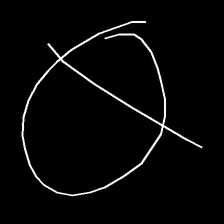
Glyph: orb